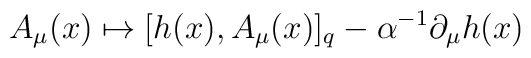
A_\mu (x) \mapsto [h(x), A_\mu (x)]_q - \alpha ^{-1}\partial _\mu h(x)